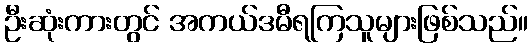
ဦးဆုံးကားတွင် အကယ်ဒမီရကြသူများဖြစ်သည်။